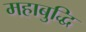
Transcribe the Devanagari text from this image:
महाबुद्धि